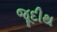
જૂદીથ